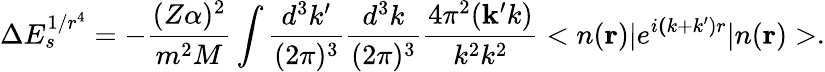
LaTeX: \Delta E_{s}^{1/r^{4}}=-\frac{(Z\alpha)^{2}}{m^{2}M}\int\frac{d^{3}k^{\prime}}{(2\pi)^{3}}\frac{d^{3}k}{(2\pi)^{3}}\frac{4\pi^{2}({\mathbf k^{\prime}k})}{k^{2}k^{2}}<n({\mathbf r})|e^{i{\mathbf(k+k^{\prime})r}}|n({\mathbf r})>.